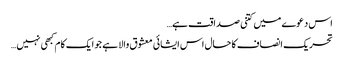
اس دعوے میں کتنی صداقت ہے…
تحریک انصاف کا حال اس ایشائی معشوق والا ہے جو ایک کام کبھی نہیں…